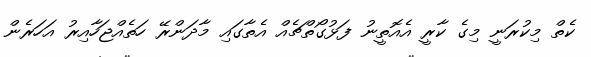
ކެތް މިކުރަނީ މިގެ ކާރީ އެއޮތީނު ފަޅުގޯތްޗެއް އެތާގައި މާދަންރޭ ހަތެއްޖަހާއިރު އަހަރެން